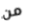
من